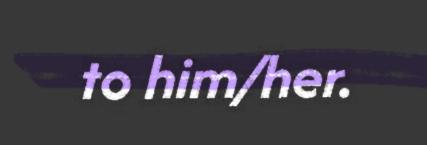
to him/her.